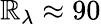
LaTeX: \mathbb{R}_{\lambda}\approx90